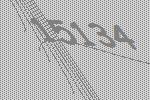
15134